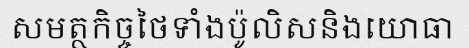
សមត្ថកិច្ចថៃទាំងប៉ូលិសនិងយោធា